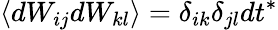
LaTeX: \langle dW_{ij}dW_{kl}\rangle=\delta_{ik}\delta_{jl}dt^{*}